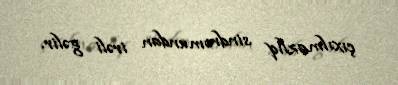
çıxılmazlıq sindromundan irəli gəlir.